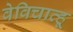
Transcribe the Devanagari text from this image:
वेविचात्हू